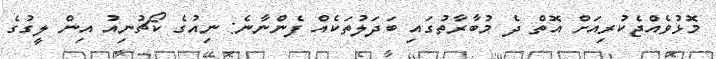
މޮޅުވެއްޖެކުރިއަށް އޮތް ދެ މުބާރާތުގައި ބަދަލުތަކެއް ފެންނާނެ: ނިއުގެ ކޯޗުނިއު އިން ލީގުގެ